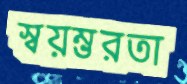
স্বয়ম্ভরতা